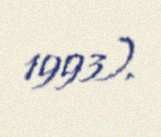
1993).